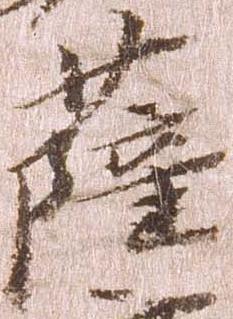
薩